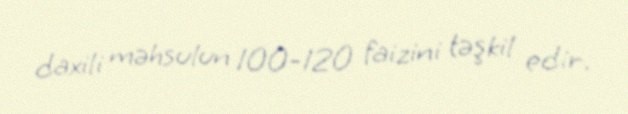
daxili məhsulun 100-120 faizini təşkil edir.